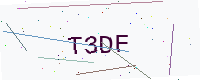
Text: T3DF